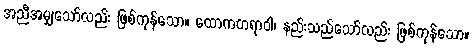
အညီအမျှသော်လည်း ဖြစ်ကုန်သော။ ထောကတရာဝါ၊ နည်းသည်သော်လည်း ဖြစ်ကုန်သော။